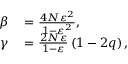
\begin{array} { r l } { \beta } & { { } = \frac { 4 N \varepsilon ^ { 2 } } { 1 - \varepsilon ^ { 2 } } , } \\ { \gamma } & { { } = \frac { 2 N \varepsilon } { 1 - \varepsilon } \left( 1 - 2 q \right) , } \end{array}